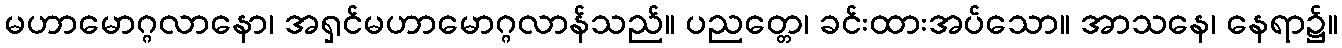
မဟာမောဂ္ဂလာနော၊ အရှင်မဟာမောဂ္ဂလာန်သည်။ ပညတ္တေ၊ ခင်းထားအပ်သော။ အာသနေ၊ နေရာ၌။